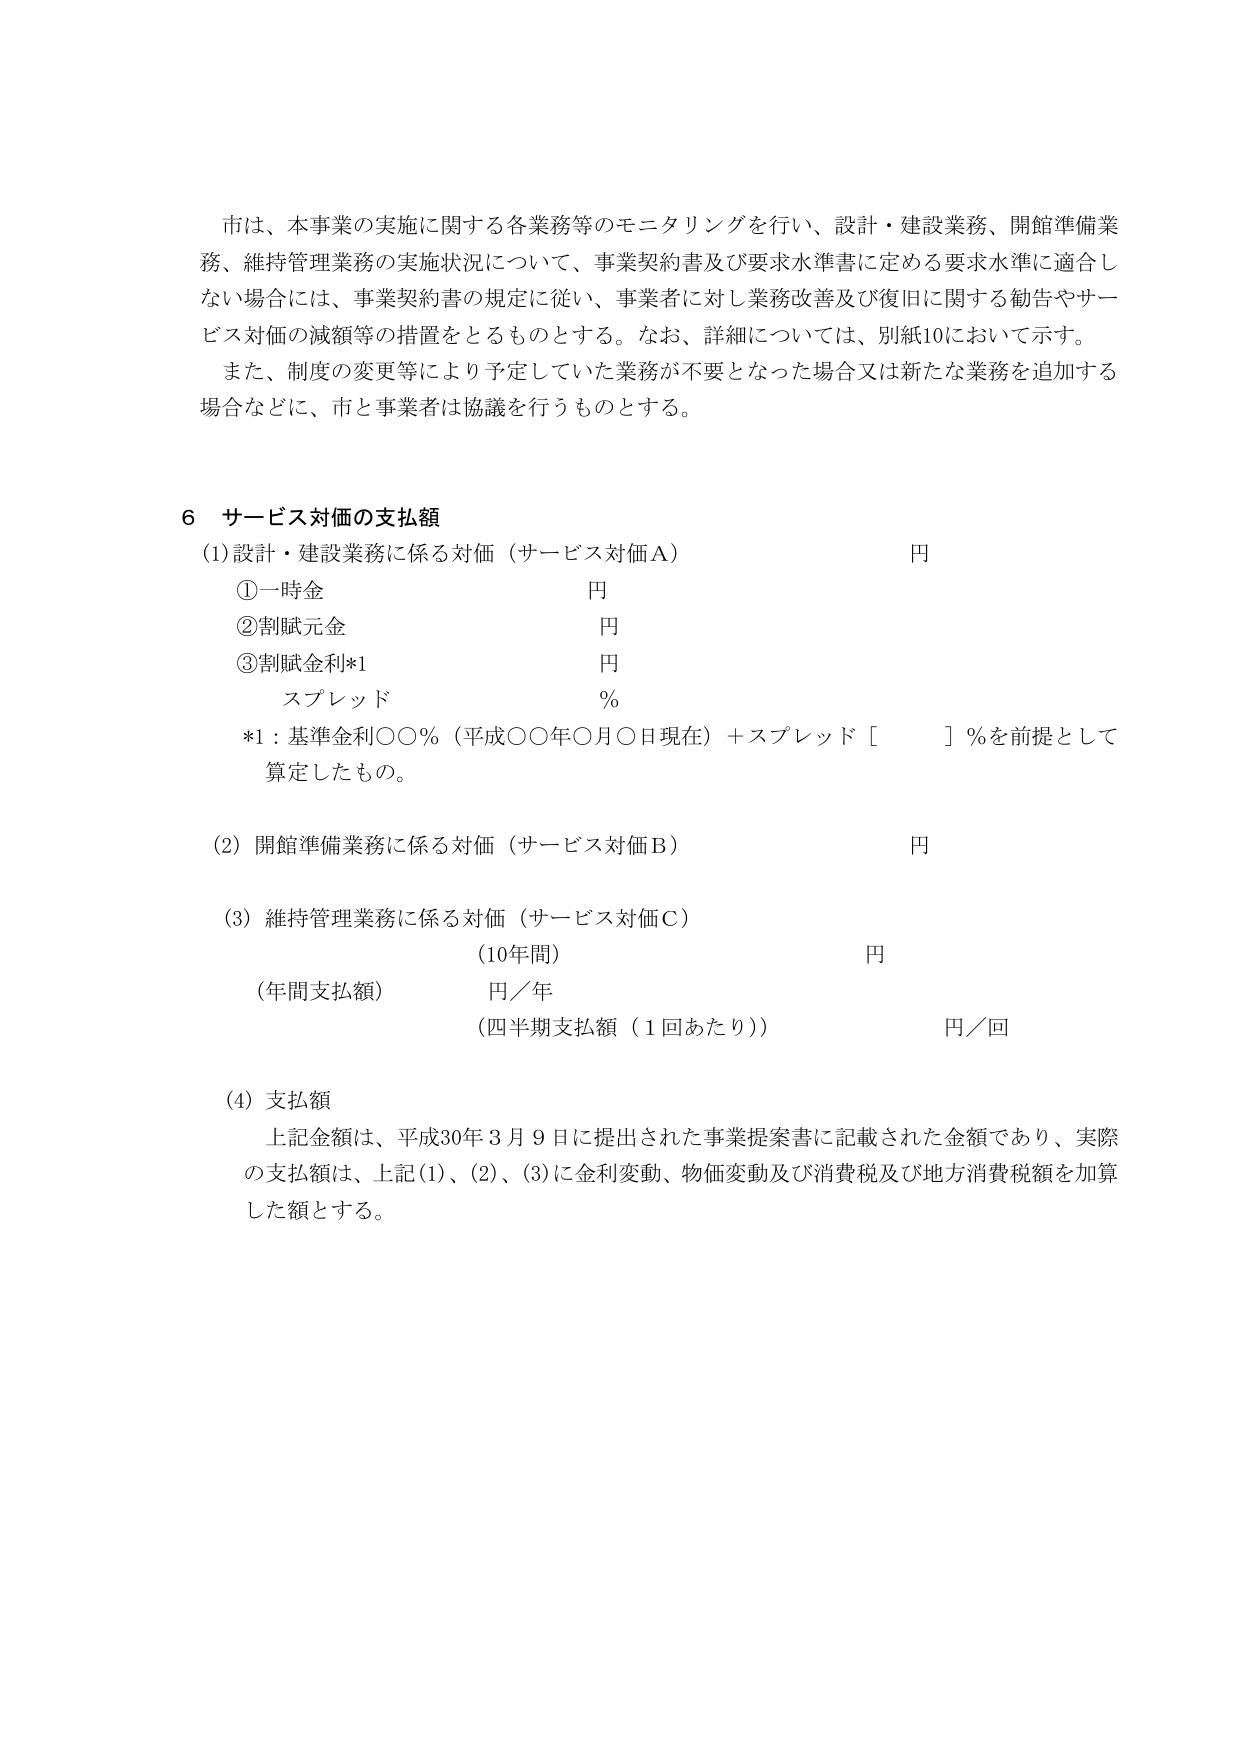
市は、本事業の実施に関する各業務等のモニタリングを行い、設計・建設業務、開館準備業務、維持管理業務の実施状況について、事業契約書及び要求水準書に定める要求水準に適合しない場合には、事業契約書の規定に従い、事業者に対し業務改善及び復旧に関する勧告やサービス対価の減額等の措置をとるものとする。なお、詳細については、別紙10において示す。

また、制度の変更等により予定していた業務が不要となった場合又は新たな業務を追加する場合などに、市と事業者は協議を行うものとする。

6 サービス対価の支払額

(1) 設計・建設業務に係る対価（サービス対価A） 円
　①一時金 円
　②割賦元金 円
　③割賦金利*1 円
　　　スプレッド ％
*1：基準金利〇〇％（平成〇〇年〇月〇日現在）＋スプレッド［　　］％を前提として算定したもの。

(2) 開館準備業務に係る対価（サービス対価B） 円

(3) 維持管理業務に係る対価（サービス対価C）
　　　　　　　　　　　　（10年間） 円
　　　　　　　　　　　　（年間支払額） 円／年
　　　　　　　　　　　　（四半期支払額（1回あたり）） 円／回

(4) 支払額
　上記金額は、平成30年3月9日に提出された事業提案書に記載された金額であり、実際の支払額は、上記(1)、(2)、(3)に金利変動、物価変動及び消費税及び地方消費税額を加算した額とする。